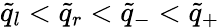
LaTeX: \tilde{q}_{l}<\tilde{q}_{r}<\tilde{q}_{-}<\tilde{q}_{+}